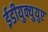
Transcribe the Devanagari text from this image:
ईडीयुक्युयुए